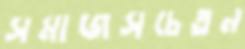
সমাজসচেতন